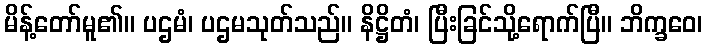
မိန့်တော်မူ၏။ ပဌမံ၊ ပဌမသုတ်သည်။ နိဋ္ဌိတံ၊ ပြီးခြင်သို့ရောက်ပြီ။ ဘိက္ခဝေ၊